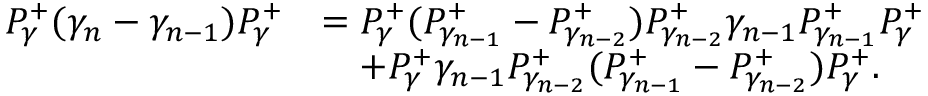
\begin{array} { r l } { P _ { \gamma } ^ { + } ( \gamma _ { n } - \gamma _ { n - 1 } ) P _ { \gamma } ^ { + } } & { = P _ { \gamma } ^ { + } ( P _ { \gamma _ { n - 1 } } ^ { + } - P _ { \gamma _ { n - 2 } } ^ { + } ) P _ { \gamma _ { n - 2 } } ^ { + } \gamma _ { n - 1 } P _ { \gamma _ { n - 1 } } ^ { + } P _ { \gamma } ^ { + } } \\ & { \quad + P _ { \gamma } ^ { + } \gamma _ { n - 1 } P _ { \gamma _ { n - 2 } } ^ { + } ( P _ { \gamma _ { n - 1 } } ^ { + } - P _ { \gamma _ { n - 2 } } ^ { + } ) P _ { \gamma } ^ { + } . } \end{array}